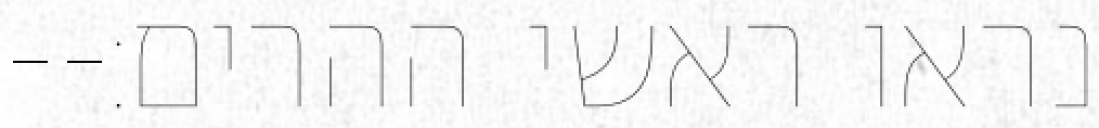
נראו ראשי ההרים׃--